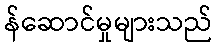
န်ဆောင်မှုများသည်